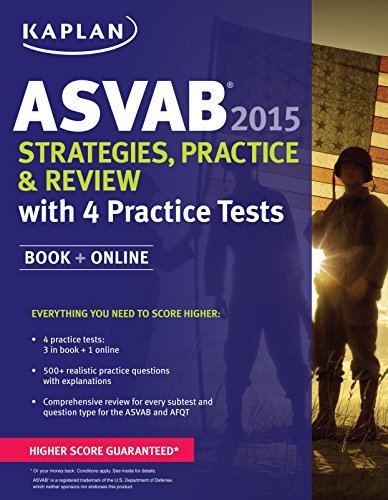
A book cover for Kaplan ASVAB 2015 Strategies, Practice, and Review with 4 Practice Tests: Book + Online (Kaplan Test Prep); Kaplan; Test Preparation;